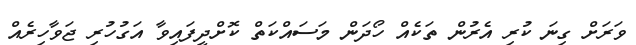
ވަރަށް ގިނަ ކުރި އެރުން ތަކެއް ހޯދަން މަސައްކަތް ކޮށްދީފައިވާ އަގުހުރި ޖަވާހިރެއް